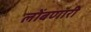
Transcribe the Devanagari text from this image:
लोंबणारी